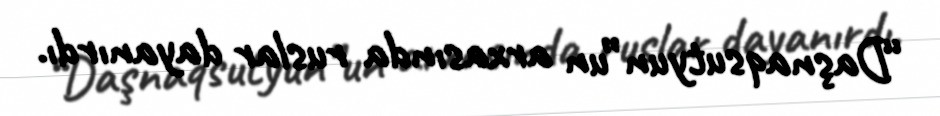
“Daşnaqsutyun”un arxasında ruslar dayanırdı.